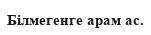
Білмегенге арам ас.